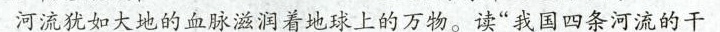
河流犹如大地的血脉滋润着地球上的万物。读”我国四条河流的干